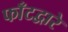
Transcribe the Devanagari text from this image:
फाँटद्वारे